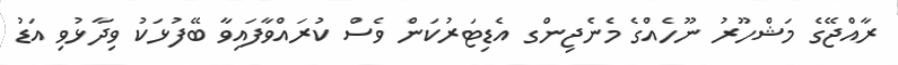
ރާއްޖޭގެ މަޝްހޫރު ނޫހެއްގެ މެނެޖިންގ އެޑިޓަރުކަން ވެސް ކުރައްވާފައިވާ ބޭފުޅަކު ވިދާޅުވި އަޑު